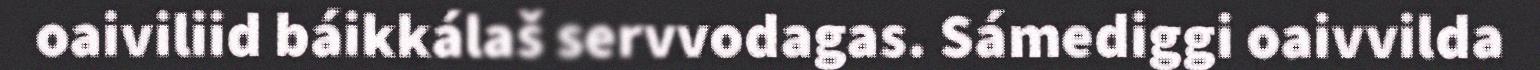
oaiviliid báikkálaš servvodagas. Sámediggi oaivvilda